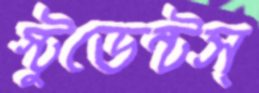
স্টুডেন্টস্